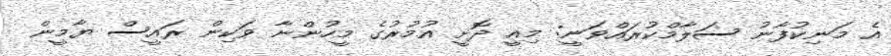
އެ މަނިކުފާނު ސަލާމްކުރައްވަނީ: މިއީ ދޮށީ އުމުރުގެ މީހުންނާ ވަކިން ރައީސް ޔާމީން